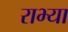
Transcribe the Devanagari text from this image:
राभ्या